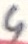
Text: 4